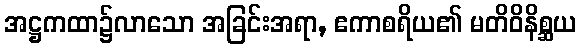
အဋ္ဌကထာ၌လာသော အခြင်းအရာ, ဧကာစရိယ၏ မတိဝိနိစ္ဆယ